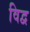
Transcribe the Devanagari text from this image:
विद्व